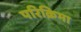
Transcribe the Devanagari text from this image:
परिक्रिमा